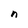
Character: n